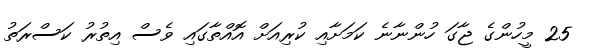
25 މީހުންގެ ޖާގަ ހުންނާނެ ކަމަށާއި ކުރިއަށް އޮއްތާގައި ވެސް އިތުރު ކަސްރަތު